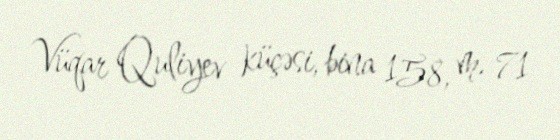
Vüqar Quliyev küçəsi, bina 158, m. 71